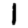
Digit: 1